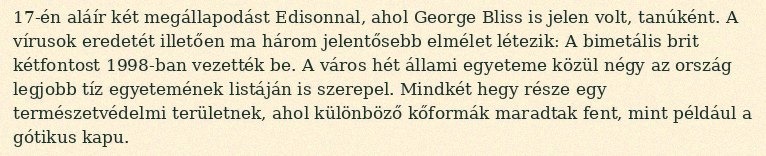
17-én aláír két megállapodást Edisonnal, ahol George Bliss is jelen volt, tanúként. A vírusok eredetét illetően ma három jelentősebb elmélet létezik: A bimetális brit kétfontost 1998-ban vezették be. A város hét állami egyeteme közül négy az ország legjobb tíz egyetemének listáján is szerepel. Mindkét hegy része egy természetvédelmi területnek, ahol különböző kőformák maradtak fent, mint például a gótikus kapu.